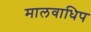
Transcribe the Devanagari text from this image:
मालवाधिप